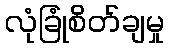
လုံခြုံစိတ်ချမှု